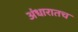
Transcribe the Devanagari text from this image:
अंधारातच